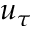
u _ { \tau }